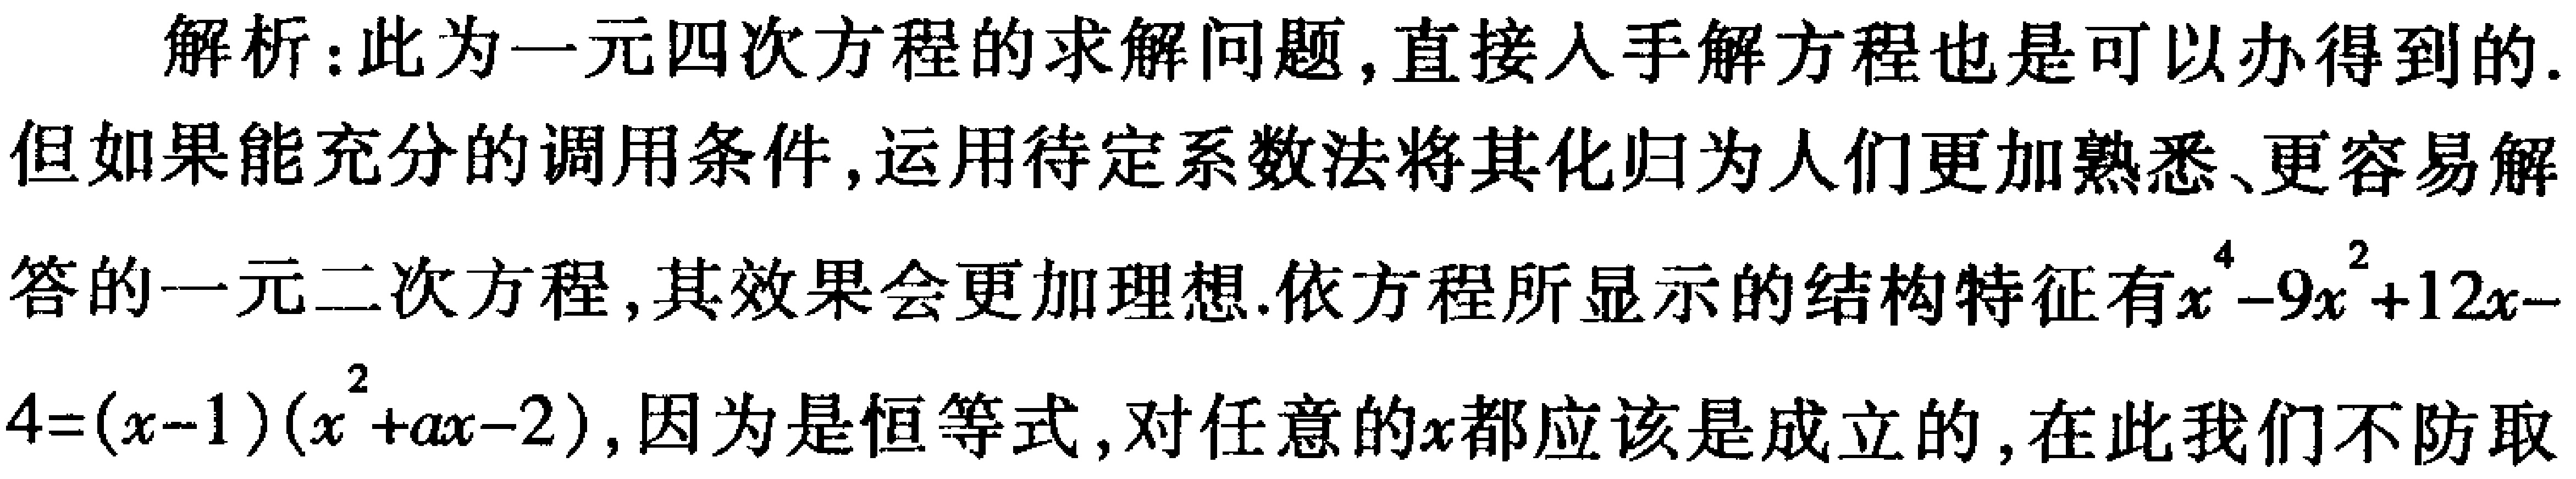
解析：此为一元四次方程的求解问题，直接入手解方程也是可以办得到的. 但如果能充分的调用条件，运用待定系数法将其化归为人们更加熟悉、更容易解答的一元二次方程，其效果会更加理想.依方程所显示的结构特征有\(x^{4}-9x^{2}+12x - 4=(x - 1)(x^{2}+ax - 2)\)，因为是恒等式，对任意的\(x\)都应该是成立的，在此我们不妨取